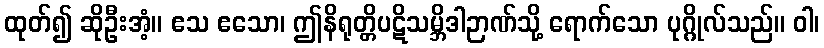
ထုတ်၍ ဆိုဦးအံ့။ ဧသ ဧသော၊ ဤနိရုတ္တိပဋိသမ္ဘိဒါဉာဏ်သို့ ရောက်သော ပုဂ္ဂိုလ်သည်။ ဝါ၊